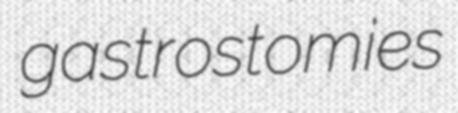
gastrostomies